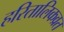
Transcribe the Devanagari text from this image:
हरितालिकव्रत